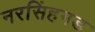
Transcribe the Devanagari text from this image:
नरसिंहगड